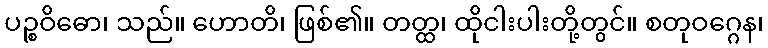
ပဉ္စဝိဓော၊ သည်။ ဟောတိ၊ ဖြစ်၏။ တတ္ထ၊ ထိုငါးပါးတို့တွင်။ စတုဝဂ္ဂေန၊